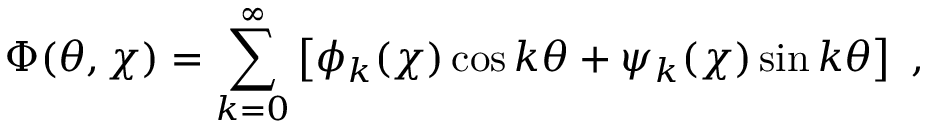
\Phi ( \theta , \chi ) = \sum _ { k = 0 } ^ { \infty } \left[ \phi _ { k } ( \chi ) \cos k \theta + \psi _ { k } ( \chi ) \sin k \theta \right] ~ ,